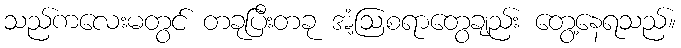
သည်ကလေးမတွင် တခုပြီးတခု အံ့ဩစရာတွေချည်း တွေ့နေရသည်။